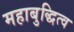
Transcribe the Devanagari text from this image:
महाबुद्धित्व